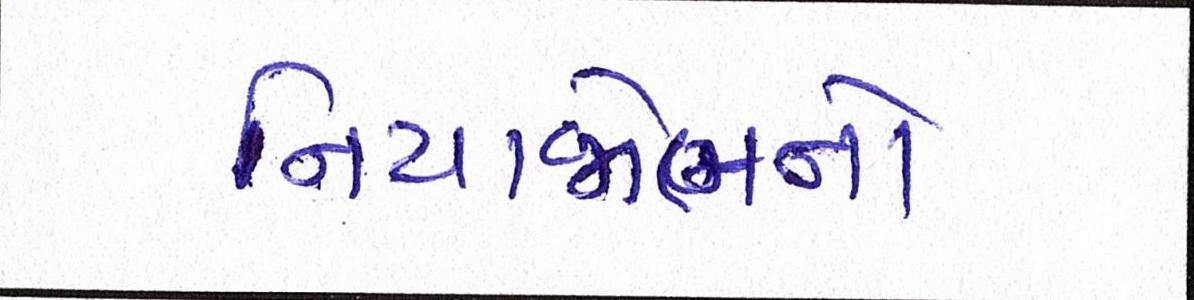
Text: નિયાજોભનો